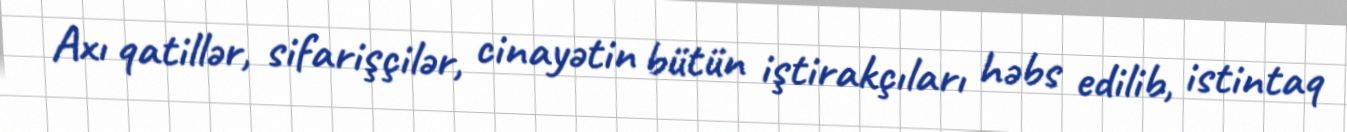
Axı qatillər, sifarişçilər, cinayətin bütün iştirakçıları həbs edilib, istintaq